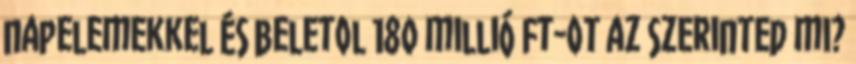
napelemekkel és beletol 180 millió Ft-ot az szerinted mi?